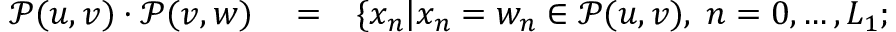
\begin{array} { r l r } { \mathcal { P } ( u , v ) \cdot \mathcal { P } ( v , w ) } & { { } = } & { \{ x _ { n } | x _ { n } = w _ { n } \in \mathcal { P } ( u , v ) , \; n = 0 , \ldots , L _ { 1 } ; } \end{array}